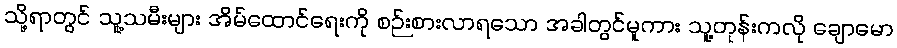
သို့ရာတွင် သူ့သမီးများ အိမ်ထောင်ရေးကို စဉ်းစားလာရသော အခါတွင်မူကား သူ့တုန်းကလို ချောမော